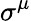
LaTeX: \sigma^{\mu}